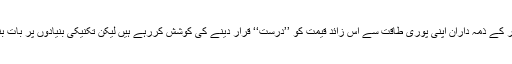
اگرچہ مودی سرکار کے ذمہ داران اپنی پوری طاقت سے اس زائد قیمت کو ’’درست‘‘ قرار دینے کی کوشش کررہے ہیں لیکن تکنیکی بنیادوں پر بات بنتی نظر نہیں آرہی۔